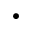
\bullet